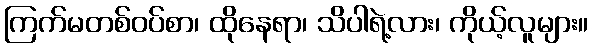
ကြက်မတစ်ဝပ်စာ၊ ထိုနေရာ၊ သိပါရဲ့လား၊ ကိုယ့်လူများ။